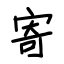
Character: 寄